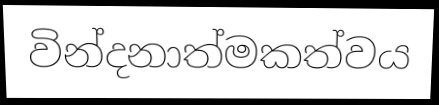
වින්දනාත්මකත්වය